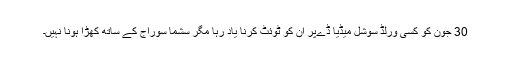
30 جون کو کسی ورلڈ سوشل میڈیا ڈےپر ان کو ٹوئٹ کرنا یاد رہا مگر سشما سوراج کے ساتھ کھڑا ہونا نہیں۔